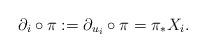
LaTeX: \begin{align*} \partial_i\circ\pi:=\partial_{u_i}\circ\pi=\pi_{*}X_i.\end{align*}